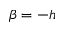
\beta = \mathfrak - h